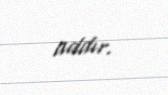
addır.